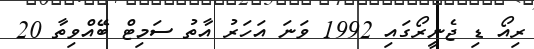
ރިއޯ ޑި ޖެނީރޯގައި 1992 ވަނަ އަހަރު އާތު ސަމިޓް ބޭއްވިތާ 20